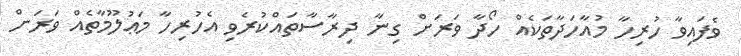
ވެފައިވާ ހުރިހާ މުއާހަދާތަކެއް ހޯދާ ވަރަށް ގިނާ ދިރާސާތައްކުރެވި އެހުރިހާ މަޢުލޫމާތެއް ވަރަށް